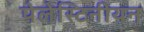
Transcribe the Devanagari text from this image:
पेलेस्टिनीयन